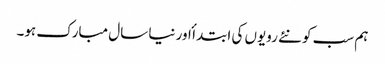
ہم سب کو نئے رویوں کی ابتدا ٔ اور نیا سال مبارک ہو۔